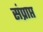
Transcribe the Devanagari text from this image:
संप्राप्त